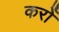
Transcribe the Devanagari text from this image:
करोँ